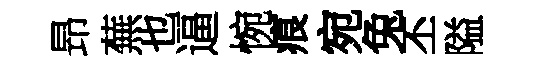
昻蕪也逼惋痕宛兔丕隘